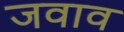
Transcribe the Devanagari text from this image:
जवाव